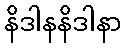
နိဒါနနိဒါနာ